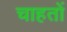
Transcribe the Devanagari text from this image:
चाहतों